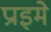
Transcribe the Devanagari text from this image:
प्राइमे